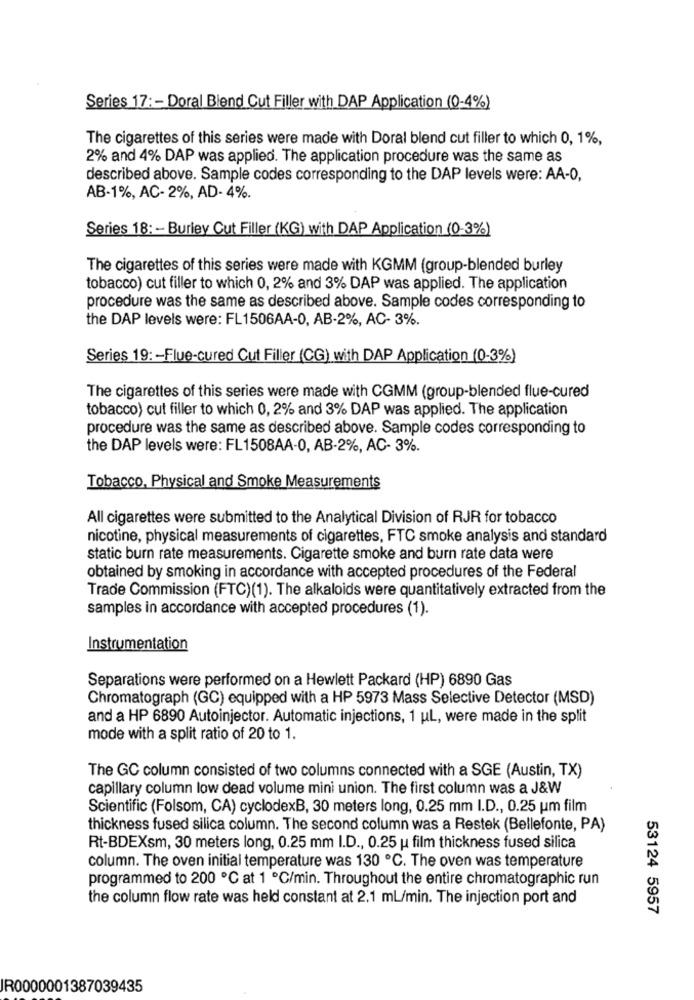
Series 17 :- Doral Blend Cut Filler with DAP Application (0-4%)
The cigarettes of this series were made with Doral blend cut filler to which 0, 1%,
2% and 4% DAP was applied. The application procedure was the same as
described above. Sample codes corresponding to the DAP levels were: AA-0,
AB-1%, AC- 2%, AD- 4%.
Series 18: - Burley Cut Filler (KG) with DAP Application (0-3%)
The cigarettes of this series were made with KGMM (group-blended burley
tobacco) cut filler to which 0, 2% and 3% DAP was applied. The application
procedure was the same as described above. Sample codes corresponding to
the DAP levels were: FL1506AA-0, AB-2%, AC- 3%.
Series 19: - Flue-cured Cut Filler (CG) with DAP Application (0-3%)
The cigarettes of this series were made with CGMM (group-blended flue-cured
tobacco) cut filler to which 0, 2% and 3% DAP was applied. The application
procedure was the same as described above. Sample codes corresponding to
the DAP levels were: FL1508AA-0, AB-2%, AC- 3%.
Tobacco, Physical and Smoke Measurements
All cigarettes were submitted to the Analytical Division of RJR for tobacco
nicotine, physical measurements of cigarettes, FTC smoke analysis and standard
static burn rate measurements. Cigarette smoke and burn rate data were
obtained by smoking in accordance with accepted procedures of the Federal
Trade Commission (FTC)(1). The alkaloids were quantitatively extracted from the
samples in accordance with accepted procedures (1).
Instrumentation
Separations were performed on a Hewlett Packard (HP) 6890 Gas
Chromatograph (GC) equipped with a HP 5973 Mass Selective Detector (MSD)
and a HP 6890 Autoinjector. Automatic injections, 1 uL, were made in the split
mode with a split ratio of 20 to 1.
The GC column consisted of two columns connected with a SGE (Austin, TX)
capillary column low dead volume mini union. The first column was a J&W
Scientific (Folsom, CA) cyclodexB, 30 meters long, 0.25 mm I.D ., 0.25 um film
thickness fused silica column. The second column was a Restek (Bellefonte, PA)
Rt-BDEXsm, 30 meters long, 0.25 mm I.D ., 0.25 u film thickness fused silica
column. The oven initial temperature was 130 ℃. The oven was temperature
programmed to 200 ℃ at 1 ℃/min. Throughout the entire chromatographic run
the column flow rate was held constant at 2.1 mL/min. The injection port and
53124 5957
IR0000001387039435